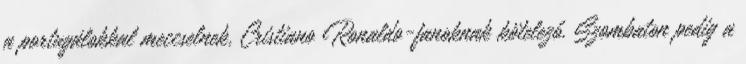
a portugálokkal meccselnek, Cristiano Ronaldo-fanoknak kötelező. Szombaton pedig a